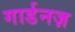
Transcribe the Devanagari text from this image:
गार्डनज़